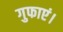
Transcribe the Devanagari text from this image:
गुफाएं।